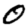
Digit: 0